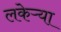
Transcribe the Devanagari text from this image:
लकेऱ्या